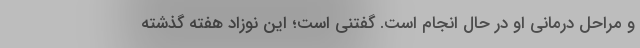
و مراحل درمانی او در حال انجام است. گفتنی است؛ این نوزاد هفته گذشته